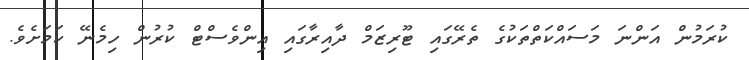
ކުރަމުން އަންނަ މަސައްކަތްތަކުގެ ތެރޭގައި ޓޫރިޒަމް ދާއިރާގައި އިންވެސްޓް ކުރުން ހިމެނޭ ކަމަށެވެ.